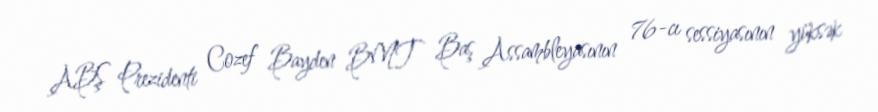
ABŞ Prezidenti Cozef Bayden BMT Baş Assambleyasının 76-cı sessiyasının yüksək